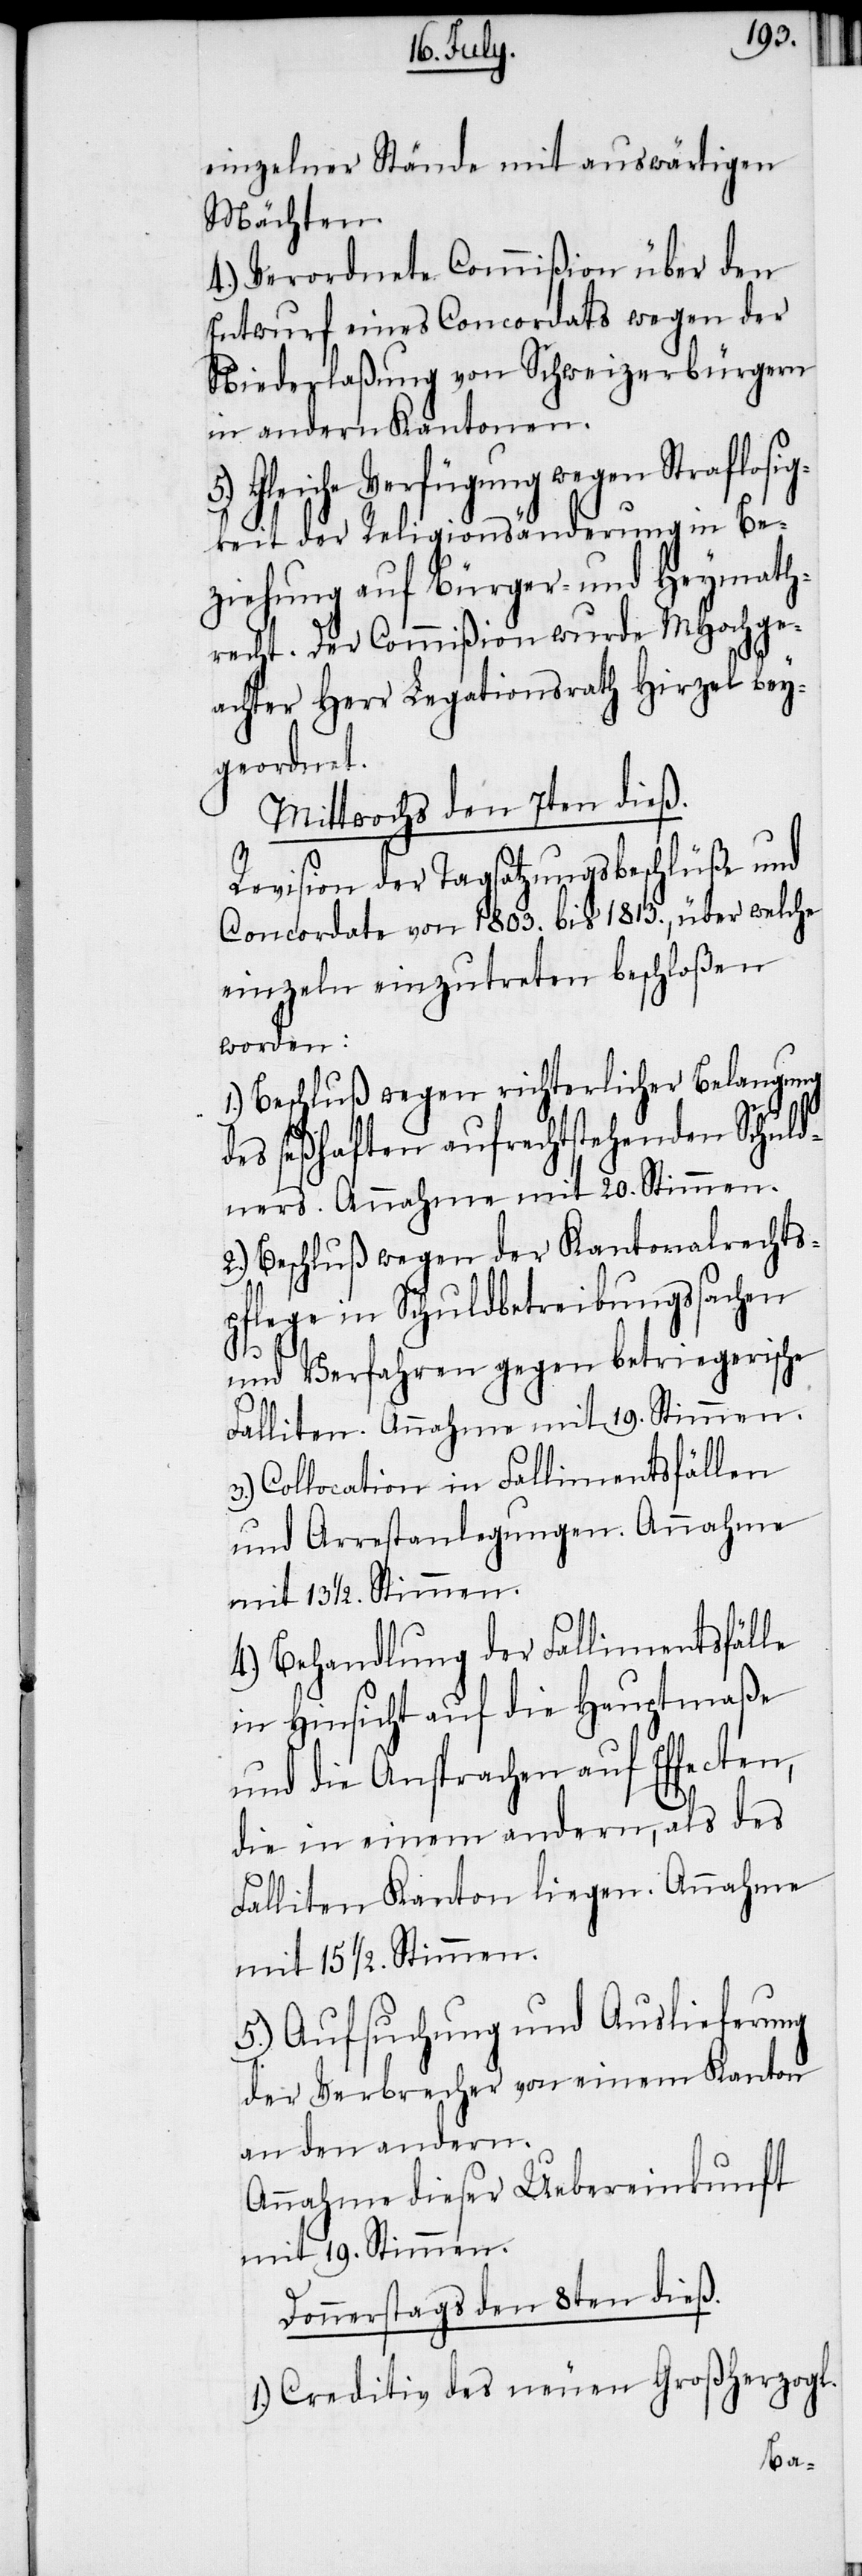
einzelner Stände mit auswärtigen
Mächten.
4.) Verordnete Commißion über den
Entwurf eines Concordats wegen der
Niederlaßung von Schweizerbürgern
in andern Kantonen.
Gleiche Verfügung wegen Straflosig¬
keit der Religionsänderung in Be¬
ziehung auf Bürger- und Heymath¬
recht. Der Commißion wurde MHochge¬
achter Herr Legationsrath Hirzel bey¬
geordnet.
Mittwochs den 7ten [recte:
Revision der Tagsatzungsbeschlüße und
Concordate von 1803. bis 1813., über welche
einzeln einzutreten beschloßen
worden:
1.) Beschluß wegen richterlicher Belangung
des seßhaften aufrechtstehenden Schuld¬
ners. Annahme mit 20. Stimmen.
2.) Beschluß wegen der Kantonalrechts¬
pflege in Schuldbetreibungssachen
und Verfahren gegen betriegerische
Falliten. Annahme mit 19. Stimmen.
Collocation in Fallimentsfällen
und Arrestanlegungen. Annahme
mit 13. ½. Stimmen.
4.) Behandlung der Fallimentsfälle
in Hinsicht auf die Hauptmaße
und die Ansprachen auf Effecten,
die in einem andern, als des
Falliten Kanton liegen. Annahme
mit 15 ½. Stimmen.
5.) Aufsuchung und Auslieferung
der Verbrecher von einem Kanton
an den andern.
Annahme dieser Uebereinkunft
mit 19. Stimmen.
Donnerstag den 8ten [recte:
1.) Creditiv des neuen Großherzogl.